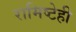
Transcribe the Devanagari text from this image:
रामिष्टेही